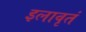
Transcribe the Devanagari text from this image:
इलावृतं